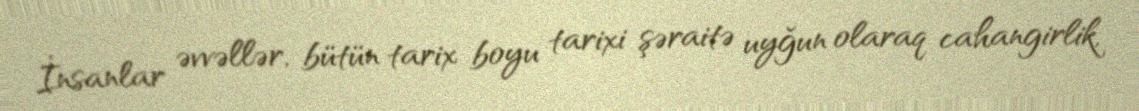
İnsanlar əvvəllər, bütün tarix boyu tarixi şəraitə uyğun olaraq cahangirlik,